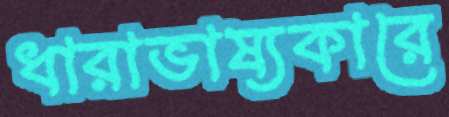
ধারাভাষ্যকারে